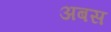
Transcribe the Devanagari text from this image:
अबस